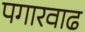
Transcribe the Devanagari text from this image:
पगारवाढ